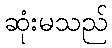
ဆုံးမသည်